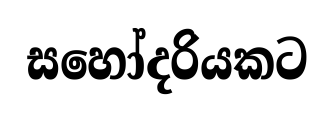
සහෝදරියකට